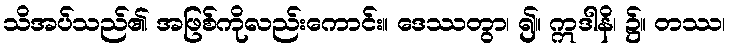
သိအပ်သည်၏ အဖြစ်ကိုလည်းကောင်း။ ဒေဿတွာ၊ ၍။ ဣဒါနိ၊ ၌။ တဿ၊